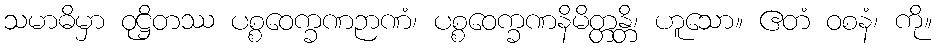
သမာဓိမှာ ဝုဋ္ဌိတဿ ပစ္စဝေက္ခဏဉာဏံ၊ ပစ္စဝေက္ခဏနိမိတ္တန္တိ၊ ဟူသော။ ဧတံ ဝစနံ၊ ကို။